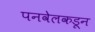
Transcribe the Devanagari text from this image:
पनवेलकडून